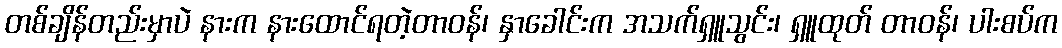
တစ်ချိန်တည်းမှာပဲ နားက နားထောင်ရတဲ့တာဝန်၊ နှာခေါင်းက အသက်ရှူသွင်း၊ ရှူထုတ် တာဝန်၊ ပါးစပ်က